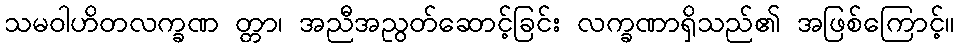
သမဝါဟိတလက္ခဏ တ္တာ၊ အညီအညွတ်ဆောင့်ခြင်း လက္ခဏာရှိသည်၏ အဖြစ်ကြောင့်။